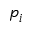
p _ { i }